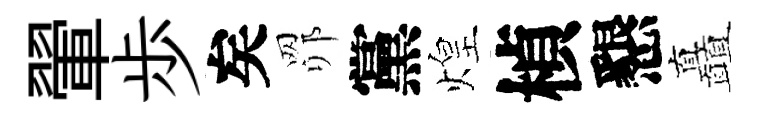
翬歩矣𦊑黨煌楨懇矗